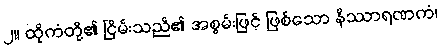
၂။ ထိုကံတို့၏ ငြိမ်းသည်၏ အစွမ်းဖြင့် ဖြစ်သော နိဿာရဏကံ၊